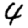
Digit: 4